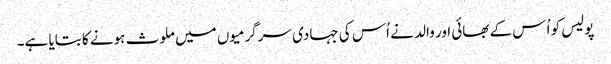
پولیس کو اُس کے بھائی اور والد نے اُس کی جہادی سرگرمیوں میں ملوث ہونے کا بتایا ہے۔